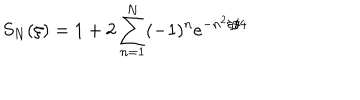
S _ { N } ( \xi ) = 1 + 2 \sum _ { n = 1 } ^ { N } ( - 1 ) ^ { n } e ^ { - n ^ { 2 } \xi / 4 }